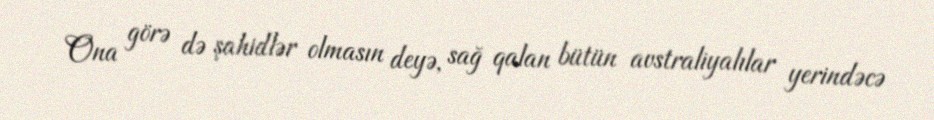
Ona görə də şahidlər olmasın deyə, sağ qalan bütün avstraliyalılar yerindəcə